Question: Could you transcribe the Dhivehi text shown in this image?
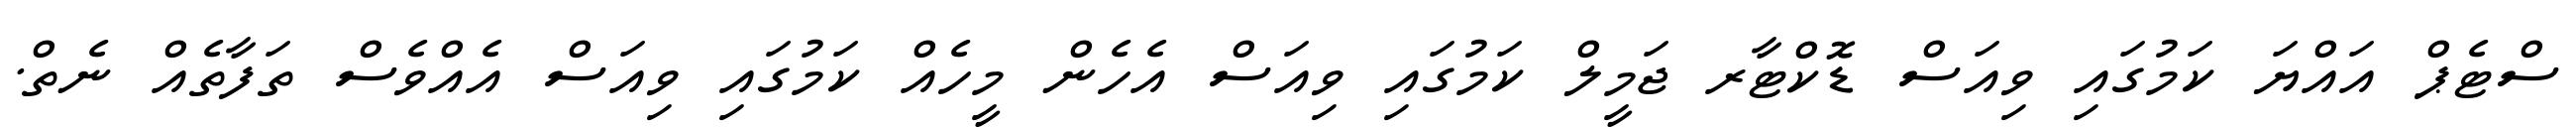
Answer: ސްޓެޕް އައްޔަ ކަމުގައި ވިއަސް ޑޮކްޓާރ ޖަމީލް ކަމުގައި ވިއަސް އެހެން މީހެއް ކަމުގައި ވިއަސް އެއްވެސް ތަފާތެއް ނެތް.